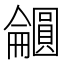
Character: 𫭕